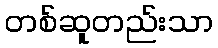
တစ်ဆူတည်းသာ